Annual administration report of the Civil Veterinary Department of India - 1896-1897
Year: 1896
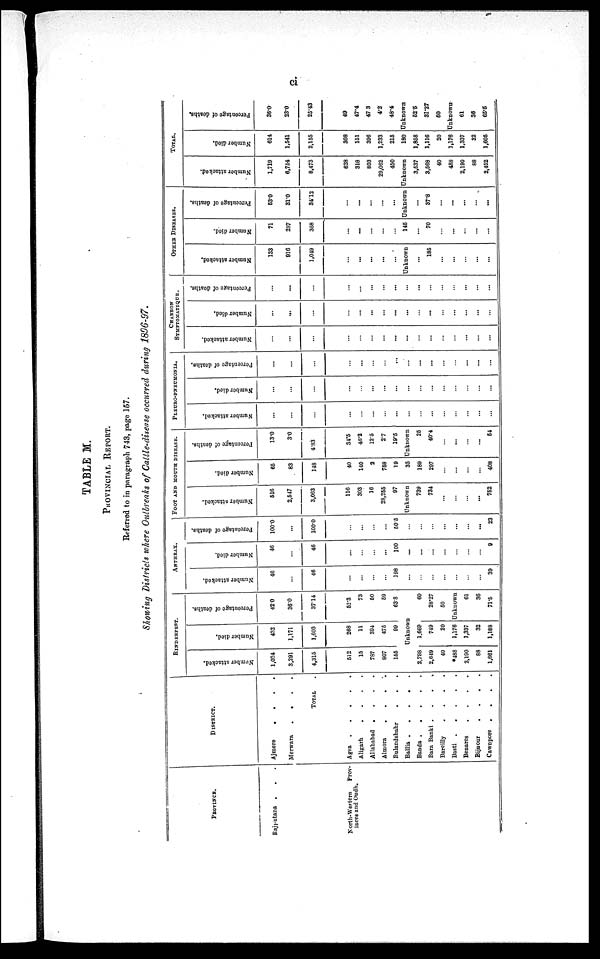
ci
TABLE M.
PROVINCIAL REPORT.
Referred to in paragraph 743, page 167.
Shouing Districts where Outbreaks of Cattle-disease occurred during 1896-97.
PROVINCE.
Rajputana . . .
North-Western
Prov-
inces and Oudh.
DISTRICT.
Ajmore . . . .
Merwara . . . .
TOTAL .
Agra
.
.
.
.
.
Aligarh
. . . .
Allahabad . . . .
Almora
.
.
. .
Bulandshabr
.
. .
Ballia
.
.
.
.
.
Banda
.
.
.
.
.
Bara Banki
.
.
.
.
Barcilly
. . . .
Basti
.
.
.
.
.
Benares
. . . .
Bijnour
.
.
.
.
Cawnpore
.
.
.
.
RINDERPEST.
Number attacked.
1,024
3,291
4,315
512
15
787
807
155
Number died.
432
1,171
1,603
268
11
394
475
99
Percentage of deaths.
420
36.0
37.14
52.3
73
50
59
63.8
Unknown
2,798
2,649
40
*488
2,190
88
1,661
1,669
749
20
1,176
1,337
32
1,188
60
28.27
50
Unknown
61
36
71.5
ANTHRAX.
Number attacked,
46
...
46
...
...
...
...
198
...
...
...
...
...
...
...
...
39
Number died.
46
...
46
...
...
...
...
100
...
...
...
...
...
...
...
9
Percentage of deaths.
100.0
...
100.0
...
...
...
...
50.5
...
...
...
...
...
...
...
23
FOOT AND MOUTH DISEASE.
Number attacked.
516
2,547
3,063
116
303
16
28,255
97
Unknown
739
734
...
...
...
...
752
Number died.
66
83
148
40
140
2
758
19
35
189
297
...
...
...
...
408
Percentage of deaths.
13.0
3.0
4.83
34.5
46.2
12.5
2.7
19.6
Unknown
25
40.4
...
...
...
...
64
PLEURO-PNEUMONIA.
Number attacked.
...
...
...
...
...
...
...
...
...
...
...
...
...
...
...
...
Number died.
...
...
...
...
...
...
...
...
...
...
...
...
...
...
...
...
Percentage of deaths.
...
...
...
...
...
...
...
...
...
...
...
...
...
...
...
...
CHARBON
SYMPTOMATIQUE.
Number attacked.
...
...
...
...
...
...
...
...
...
...
...
...
... ...
... ...
Number died.
...
...
...
...
...
...
...
...
...
...
...
...
... ...
...
...
Percentage
of deaths.
...
...
...
...
...
...
...
...
...
...
...
...
...
...
...
...
OTHER DISEASES.
Number attacked.
133
916
1,049
...
...
...
...
...
Unknown
...
185
...
...
...
...
...
Number died.
71
287
358
...
...
...
...
...
146
...
70
...
...
...
...
...
Percentage
of deaths.
53.0
31.0
34.12
...
...
...
...
...
Unknown
...
37.8
...
...
...
... ...
TOTAL.
Number attacked.
1,719
6,754
8,473
628
318
803
29,062
450
Unknown
3,537
3,568
40
488
2,190
88
2,452
Number died.
614
1,541
2,155
308
151 396
1,233
218
180
1,858
1,116
20
1,176
1,337
32
1,605
Percentage
of deaths.
36.0
23.0
25.43
49
47.4 47.3
4.2
48.4
Unknown
52.5
31.27
50
Unknown
61
36
65.6